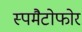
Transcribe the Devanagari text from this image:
स्पमैटोफोर